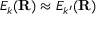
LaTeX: E _ { k } ( \mathbf { R } ) \approx E _ { k ^ { \prime } } ( \mathbf { R } )